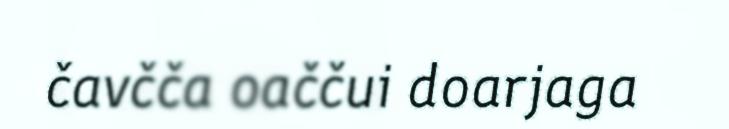
čavčča oaččui doarjaga